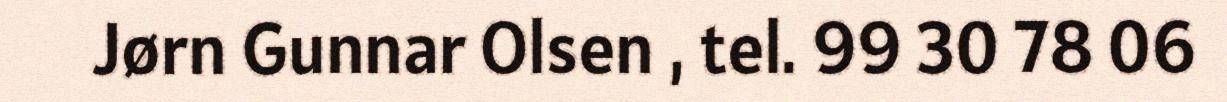
Jørn Gunnar Olsen , tel. 99 30 78 06